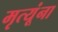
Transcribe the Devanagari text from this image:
मृत्यूंना